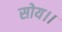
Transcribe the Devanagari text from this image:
सोय।।